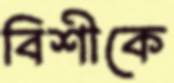
বিশীকে